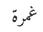
غمرة